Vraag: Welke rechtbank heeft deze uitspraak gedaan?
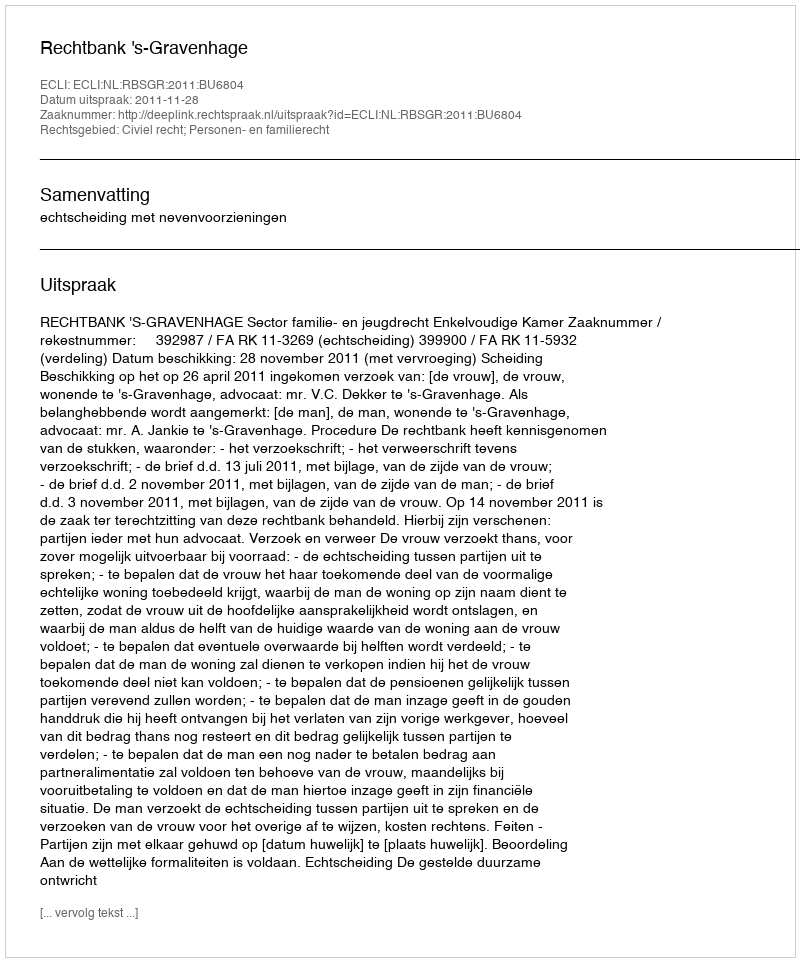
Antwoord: Rechtbank 's-Gravenhage